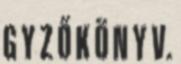
G Y Z Ő K Ö N Y V.